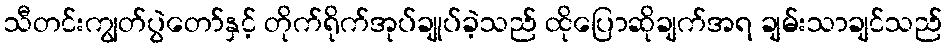
သီတင်းကျွတ်ပွဲတော်နှင့် တိုက်ရိုက်အုပ်ချုပ်ခဲ့သည် ထိုပြောဆိုချက်အရ ချမ်းသာချင်သည်